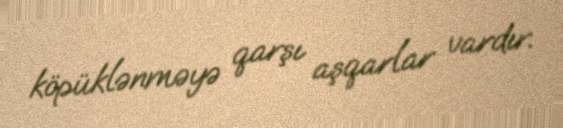
köpüklənməyə qarşı aşqarlar vardır.